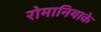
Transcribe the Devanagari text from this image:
रोमानियाके